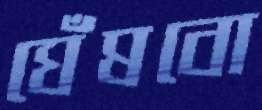
ঘেঁষবো